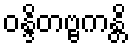
ဝန္ဒိတဗ္ဗကန္တိ